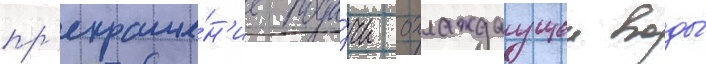
пр'екраще́н'ие пода́чи охлаждаущеи воды́